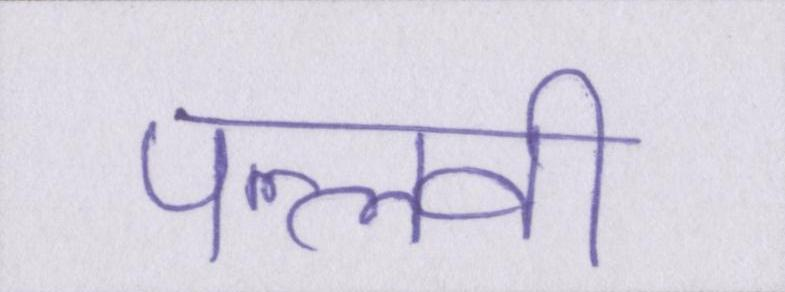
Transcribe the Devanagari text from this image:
पल्लवी